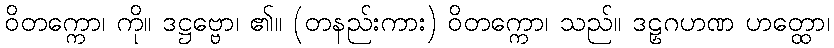
ဝိတက္ကော၊ ကို။ ဒဋ္ဌဗ္ဗော၊ ၏။ (တနည်းကား) ဝိတက္ကော၊ သည်။ ဒဠှဂဟဏ ဟတ္ထော၊